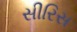
સીરિસ